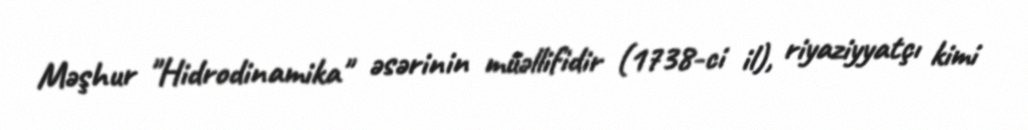
Məşhur "Hidrodinamika" əsərinin müəllifidir (1738-ci il), riyaziyyatçı kimi